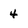
Character: 4